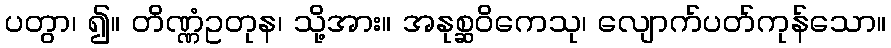
ပတွာ၊ ၍။ တိဏ္ဏံဥတုန၊ သို့အား။ အနုစ္ဆဝိကေသု၊ လျောက်ပတ်ကုန်သော။